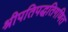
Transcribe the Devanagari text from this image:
श्रीपतिपद्धतिगणित